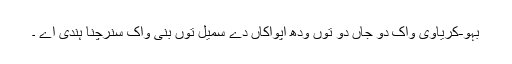
بہو-کریاوی واک دو جاں دو توں ودھ اپواکاں دے سمیل توں بنی واک سنرچنا ہندی اے ۔